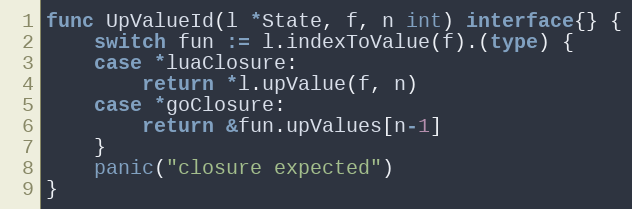
Language: Go
func UpValueId(l *State, f, n int) interface{} {
	switch fun := l.indexToValue(f).(type) {
	case *luaClosure:
		return *l.upValue(f, n)
	case *goClosure:
		return &fun.upValues[n-1]
	}
	panic("closure expected")
}